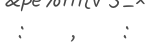
: